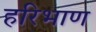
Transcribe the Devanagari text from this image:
हरिभाण